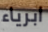
ابرياء